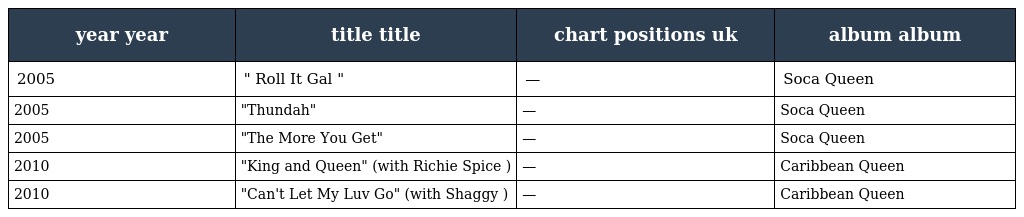
| year year | title title | chart positions uk | album album |
 | --- | --- | --- | --- |
 | 2005 | " Roll It Gal " | — | Soca Queen |
 | 2005 | "Thundah" | — | Soca Queen |
 | 2005 | "The More You Get" | — | Soca Queen |
 | 2010 | "King and Queen" (with Richie Spice ) | — | Caribbean Queen |
 | 2010 | "Can't Let My Luv Go" (with Shaggy ) | — | Caribbean Queen |